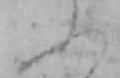
ふ